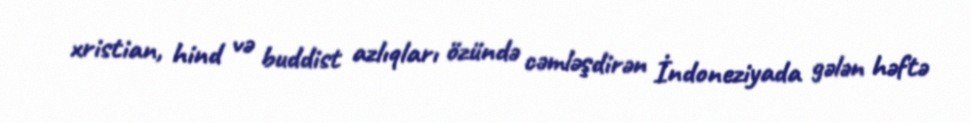
xristian, hind və buddist azlıqları özündə cəmləşdirən İndoneziyada gələn həftə